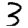
Digit: 3